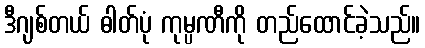
ဒီဂျစ်တယ် ဓါတ်ပုံ ကုမ္ပဏီကို တည်ထောင်ခဲ့သည်။